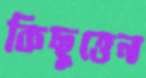
কিছুত্তেন